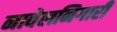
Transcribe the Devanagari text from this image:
नावेलनिगारी